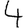
Digit: 4